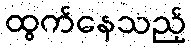
ထွက်နေသည့်